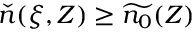
\check { n } ( \xi , Z ) \ge \widetilde { n _ { 0 } } ( Z )